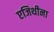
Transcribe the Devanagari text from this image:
एजिथीना